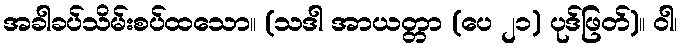
အခါခပ်သိမ်းစပ်ထသော။ (သဒါ အာယတ္တာ (ပေ ၂၁) ပုဒ်ဖြတ်)။ ဝါ၊